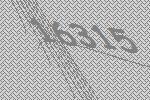
16315